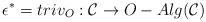
LaTeX: \begin{align*}\epsilon^*=triv_O:\mathcal{C}\rightarrow O-Alg(\mathcal{C})\end{align*}